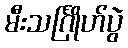
မီးသင်္ဂြိုဟ်ပွဲ